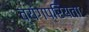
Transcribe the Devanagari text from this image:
व्यंगप्रियता